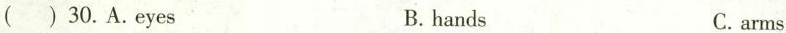
( ) 30.A.Eyes B. hands C.arms